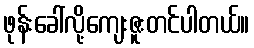
ဖုန်းခေါ်လို့ကျေးဇူးတင်ပါတယ်။